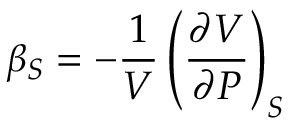
\beta _ { S } = - { \frac { 1 } { V } } \left( { \frac { \partial V } { \partial P } } \right) _ { S }